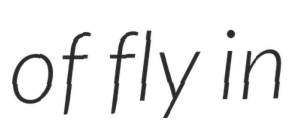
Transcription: of fly in